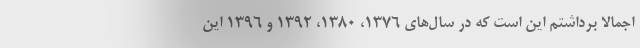
اجمالاً برداشتم این است که در سال‌های ۱۳۷۶، ۱۳۸۰، ۱۳۹۲ و ۱۳۹۶ این